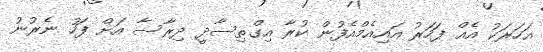
އަހަރަކު އެއް ފަހަރު އައިއެމްއެފުން ކުރާ އިގްތިސާދީ ދިރާސާ އަށް ފަހު ނެރުނު